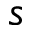
s